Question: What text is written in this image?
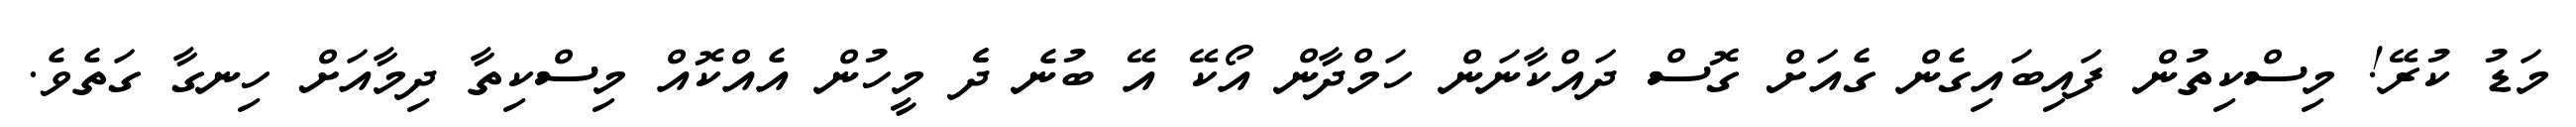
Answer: މަޑު ކުރޭ! މިސްކިތުން ފައިބައިގެން ގެއަށް ގޮސް ދައްކާނަން ހަމްދާން އޯކޭ އޭ ބުނެ ދެެ މީހުން އެއްކޮއް މިސްކިތާ ދިމާއަށް ހިނގާ ގަތެވެ.